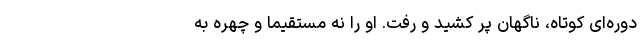
دوره‌ای کوتاه، ناگهان پر کشید و رفت. او را نه مستقیماً و چهره ‌به